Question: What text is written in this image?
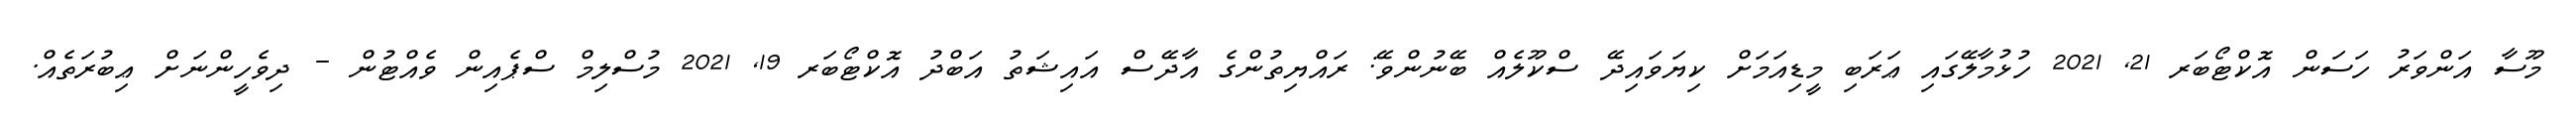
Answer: މޫސާ އަންވަރު ހަސަން އޮކްޓޯބަރ 21, 2021 ހުޅުމާލޭގައި ޢަރަބި މީޑިއަމަށް ކިޔަވައިދޭ ސްކޫލެއް ބޭނުންވޭ: ރައްޔިތުންގެ އާދޭސް އައިޝަތު އަބްދު އޮކްޓޯބަރ 19, 2021 މުސްލިމް ސްޕެއިން ވެއްޓުން - ދިވެހީންނަށް ޢިބުރަތެއް.